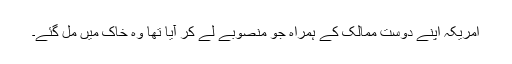
امریکہ اپنے دوست ممالک کے ہمراہ جو منصوبے لے کر آیا تھا وہ خاک میں مل گئے۔